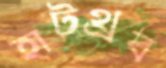
হাটথ্রব